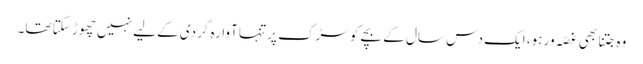
وہ جتنا بھی غصّہ ور ہو، ایک دس سال کے بچے کو سڑک پر تنہا آوارہ گردی کے لیے نہیں چھوڑ سکتا تھا۔